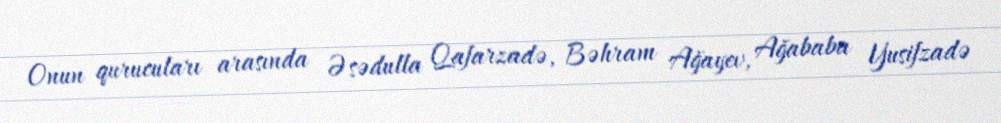
Onun qurucuları arasında Əsədulla Qafarzadə, Bəhram Ağayev, Ağababa Yusifzadə